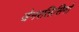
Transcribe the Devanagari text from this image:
जेनरलिसिमो